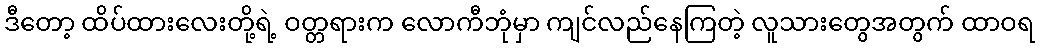
ဒီတော့ ထိပ်ထားလေးတို့ရဲ့ ဝတ္တရားက လောကီဘုံမှာ ကျင်လည်နေကြတဲ့ လူသားတွေအတွက် ထာဝရ